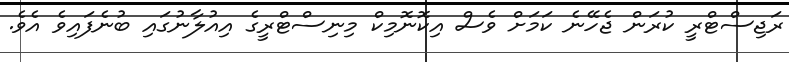
ރަޖިސްޓްރީ ކުރަން ޖެހޭނެ ކަމަށް ވެސް އިކޮނޮމިކް މިނިސްޓްރީގެ އިއުލާނުގައި ބުނެފައިވެ އެވެ.